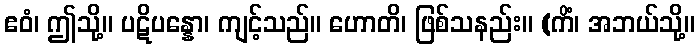
ဧဝံ၊ ဤသို့။ ပဋိပန္နော၊ ကျင့်သည်။ ဟောတိ၊ ဖြစ်သနည်း။ (ကိံ၊ အဘယ်သို့။